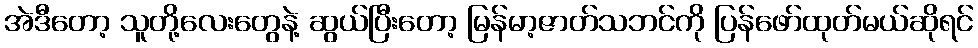
အဲဒီတော့ သူတို့လေးတွေနဲ့ ဆွယ်ပြီးတော့ မြန်မာ့ဇာတ်သဘင်ကို ပြန်ဖော်ထုတ်မယ်ဆိုရင်